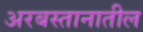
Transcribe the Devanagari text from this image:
अरबस्तानातील